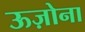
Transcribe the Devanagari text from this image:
ऊज़ोना